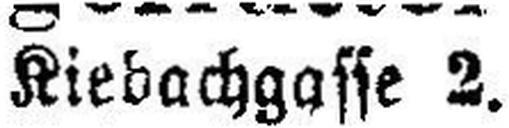
Kiebachgasse 2.